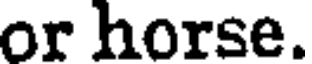
or horse.